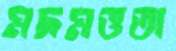
মদমত্ততা